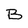
Character: B